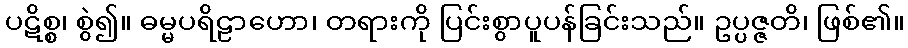
ပဋိစ္စ၊ စွဲ၍။ ဓမ္မပရိဠာဟော၊ တရားကို ပြင်းစွာပူပန်ခြင်းသည်။ ဥပ္ပဇ္ဇတိ၊ ဖြစ်၏။